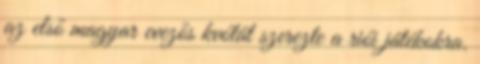
az első magyar evezős kvótát szerezte a riói játékokra.